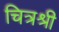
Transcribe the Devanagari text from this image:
चित्रश्री